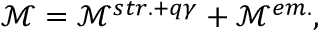
\mathcal { M } = \mathcal { M } ^ { s t r . + q \gamma } + \mathcal { M } ^ { e m . } ,